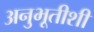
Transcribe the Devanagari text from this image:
अनुभूतीशी